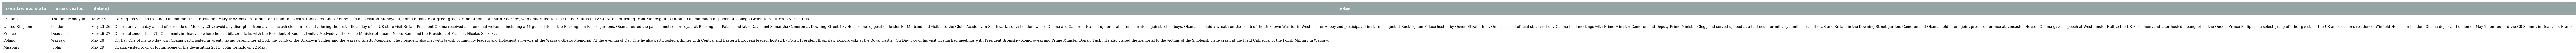
| country/ u.s. state | areas visited | date(s) | notes |
 | --- | --- | --- | --- |
 | Ireland | Dublin , Moneygall | May 23 | During his visit to Ireland, Obama met Irish President Mary McAleese in Dublin, and held talks with Taoiseach Enda Kenny . He also visited Moneygall, home of his great-great-great grandfather, Falmouth Kearney, who emigrated to the United States in 1850. After returning from Moneygall to Dublin, Obama made a speech at College Green to reaffirm US-Irish ties. |
 | United Kingdom | London | May 23–26 | Obama arrived a day ahead of schedule on Monday 23 to avoid any disruption from a volcanic ash cloud in Ireland . During the first official day of his UK state visit Britain President Obama received a ceremonial welcome, including a 41-gun salute, at the Buckingham Palace gardens. Obama toured the palace, met senior royals at Buckingham Palace and later David and Samantha Cameron at Downing Street 10 . He also met opposition leader Ed Miliband and visited to the Globe Academy in Southwark, south London, where Obama and Cameron teamed up for a table tennis match against schoolboys. Obama also laid a wreath on the Tomb of the Unknown Warrior in Westminster Abbey and participated in state banquet at Buckingham Palace hosted by Queen Elizabeth II . On his second official state visit day Obama hold meetings with Prime Minister Cameron and Deputy Prime Minister Clegg and served up food at a barbecue for military families from the US and Britain in the Downing Street garden. Cameron and Obama hold later a joint press conference at Lancaster House . Obama gave a speech at Westminster Hall to the UK Parliament and later hosted a banquet for the Queen, Prince Philip and a select group of other guests at the US ambassador's residence, Winfield House , in London. Obama departed London on May 26 en route to the G8 Summit in Deauville, France. |
 | France | Deauville | May 26–27 | Obama attended the 37th G8 summit in Deauville where he had bilateral talks with the President of Russia , Dmitry Medvedev , the Prime Minister of Japan , Naoto Kan , and the President of France , Nicolas Sarkozy . |
 | Poland | Warsaw | May 28 | On Day One of his two day visit Obama participated in wreath laying ceremonies at both the Tomb of the Unknown Soldier and the Warsaw Ghetto Memorial. The President also met with Jewish community leaders and Holocaust survivors at the Warsaw Ghetto Memorial. At the evening of Day One he also participated a dinner with Central and Eastern European leaders hosted by Polish President Bronislaw Komorowski at the Royal Castle . On Day Two of his visit Obama had meetings with President Bronisław Komorowski and Prime Minister Donald Tusk . He also visited the memorial to the victims of the Smolensk plane crash at the Field Cathedral of the Polish Military in Warsaw. |
 | Missouri | Joplin | May 29 | Obama visited town of Joplin, scene of the devastating 2011 Joplin tornado on 22 May. |